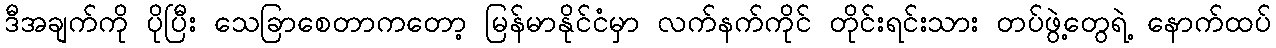
ဒီအချက်ကို ပိုပြီး သေခြာစေတာကတော့ မြန်မာနိုင်ငံမှာ လက်နက်ကိုင် တိုင်းရင်းသား တပ်ဖွဲ့တွေရဲ့ နောက်ထပ်